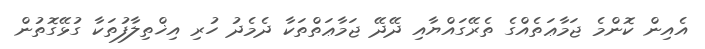
އެއިން ކޮންމެ ޖަމާޢަތެއްގެ ތެރޭގައްޔާއި ދޭދޭ ޖަމާޢަތްތަކާ ދެމެދު ހުރި އިޚްތިލާފުތަކާ ގުޅޭގޮތުން